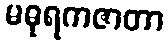
မဓုရကဇာတာ